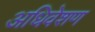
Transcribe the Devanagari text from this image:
अधिवेशण